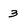
Character: 3